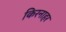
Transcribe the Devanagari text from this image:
किरनाहर